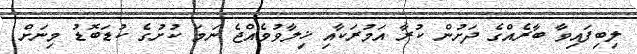
ލިބިފައިވާ ބާރެއްގެ ދަށުން ކުރާ އަމުރަކާއި ޚިލާވުވެއްޖެ ނަމަ ކުށުގެ ކުޑަބޮޑު މިނަށް